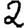
Digit: 2